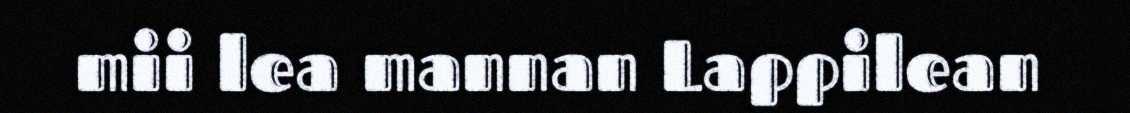
mii lea mannan Lappilean